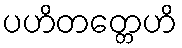
ပဟိတတ္တေဟိ